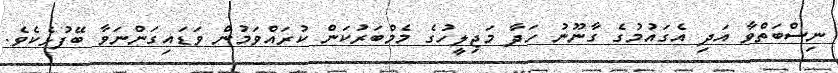
ނިސްބަތްވާ އަދި އެގައުމުގެ ގާނޫނު ހަދާ މަޖިލީހުގެ މެމްބަރުކަން ކުރައްވަމުން ވަޑައިގަންނަވާ ބޭފުޅެކެވެ.